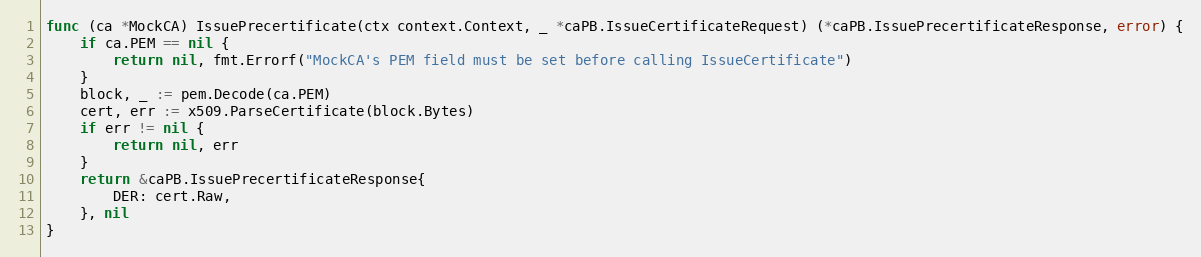
Language: Go
func (ca *MockCA) IssuePrecertificate(ctx context.Context, _ *caPB.IssueCertificateRequest) (*caPB.IssuePrecertificateResponse, error) {
	if ca.PEM == nil {
		return nil, fmt.Errorf("MockCA's PEM field must be set before calling IssueCertificate")
	}
	block, _ := pem.Decode(ca.PEM)
	cert, err := x509.ParseCertificate(block.Bytes)
	if err != nil {
		return nil, err
	}
	return &caPB.IssuePrecertificateResponse{
		DER: cert.Raw,
	}, nil
}